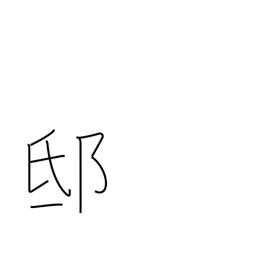
Meaning: mansion